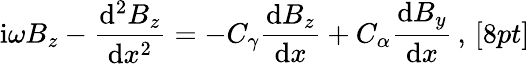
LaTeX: \mathrm{i}\omega B_{z}-\frac{\mathrm{d}^{2}B_{z}}{\mathrm{d}x^{2}}=-C_{\gamma}\frac{\mathrm{d}B_{z}}{\mathrm{d}x}+C_{\alpha}\frac{\mathrm{d}B_{y}}{\mathrm{d}x}\, ,\, [8pt]